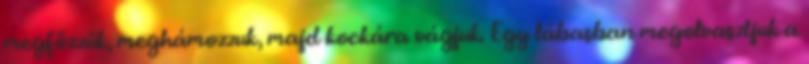
megfőzzük, meghámozzuk, majd kockára vágjuk. Egy lábasban megolvasztjuk a